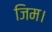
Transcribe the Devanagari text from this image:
जिम।